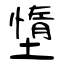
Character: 墯